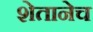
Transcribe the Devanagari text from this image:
शेतानेच